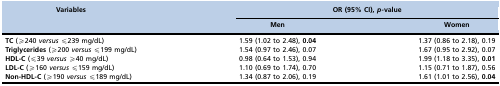
| Variables | <COLSPAN=2> OR (95% CI), p-value |
 |  | Men | Women |
 | --- | --- | --- |
 | TC (≥240 versus ≤239 mg/dL) | 1.59 (1.02 to 2.48), 0.04 | 1.37 (0.86 to 2.18), 0.19 |
 | Triglycerides (≥200 versus ≤199 mg/dL) | 1.54 (0.97 to 2.46), 0.07 | 1.67 (0.95 to 2.92), 0.07 |
 | HDL-C (≤39 versus ≥40 mg/dL) | 0.98 (0.64 to 1.53), 0.94 | 1.99 (1.18 to 3.35), 0.01 |
 | LDL-C (≥160 versus ≤159 mg/dL) | 1.10 (0.69 to 1.74), 0.70 | 1.15 (0.71 to 1.87), 0.56 |
 | Non-HDL-C (≥190 versus ≤189 mg/dL) | 1.34 (0.87 to 2.06), 0.19 | 1.61 (1.01 to 2.56), 0.04 |